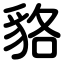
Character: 貉